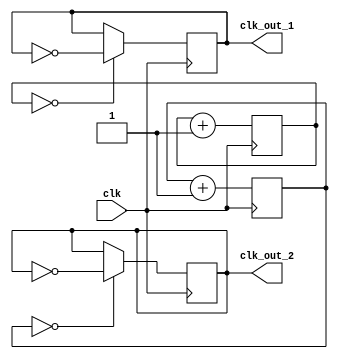
module multirate_timer (
    input wire clk,          // Main clock input
    output wire clk_out_1,   // Output clock signal 1
    output wire clk_out_2    // Output clock signal 2
);

reg [31:0] counter_1 = 32'h0;   // 32-bit counter for clock signal 1
reg [15:0] counter_2 = 16'h0;   // 16-bit counter for clock signal 2
reg sync_signal;                // Synchronization signal

always @ (posedge clk) begin
    // Increment counters
    counter_1 <= counter_1 + 1;
    counter_2 <= counter_2 + 1;

    // Generate clock signal 1 with frequency of 1/2 main clock frequency
    if (counter_1 == 16'h0) begin
        clk_out_1 <= ~clk_out_1; // Toggle clock signal 1
    end

    // Generate clock signal 2 with frequency of 1/4 main clock frequency
    if (counter_2 == 16'h0) begin
        clk_out_2 <= ~clk_out_2; // Toggle clock signal 2
    end

    // Synchronize signals between clock domains
    if (sync_signal == 1'b0) begin
        sync_signal <= 1'b1;
    end else begin
        sync_signal <= 1'b0;
    end
end

endmodule